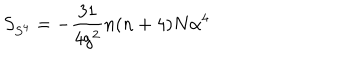
LaTeX: S _ { S ^ { 4 } } = - \frac { 3 1 } { 4 g ^ { 2 } } n ( n + 4 ) N \alpha ^ { 4 }